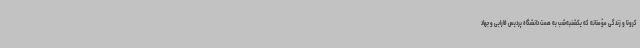
کرونا و زندگی مؤمنانه که یکشنبه‌شب به همت دانشگاه پردیس فارابی و جهاد